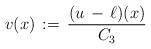
LaTeX: \begin{align*}v(x)\,:=\,\frac{(u\,-\,\ell)(x)}{C_3}\end{align*}